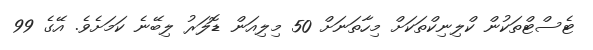
ޓެސްޓްތަކުން ކްލިނިކްތަކަށް މިހާތަނަށް 50 މިލިއަން ޑޮލަރު ލިބޭނެ ކަމަށެވެ. އޭގެ 99